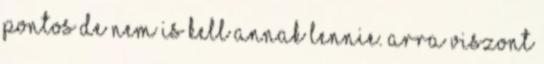
pontos de nem is kell annak lennie. arra viszont